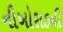
નીખોરાકની